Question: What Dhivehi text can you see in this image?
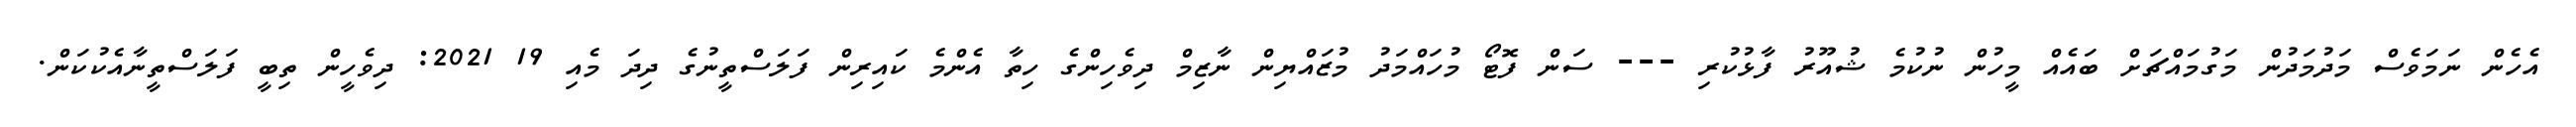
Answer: އެހެން ނަމަވެސް މަދުމަދުން މަގުމައްޗަށް ބައެއް މީހުން ނުކުމެ ޝުއޫރު ފާޅުކުރި --- ސަން ފޮޓޯ މުހައްމަދު މުޒައްޔިން ނާޒިމް ދިވެހިންގެ ހިތާ އެންމެ ކައިރިން ފަލަސްތީނުގެ ދިދަ މެއި 19 2021: ދިވެހީން ތިބީ ފަލަސްތީނާއެކުކަން.